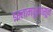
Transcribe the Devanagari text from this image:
इस्लामपूरपासून